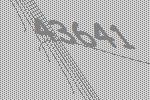
43641